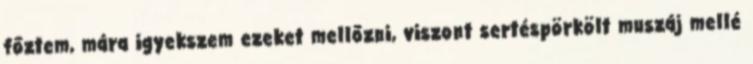
főztem, mára igyekszem ezeket mellőzni, viszont sertéspörkölt muszáj mellé